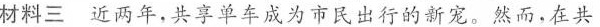
材料三 近两年，共享单车成为市民出行的新宠。然而，在共